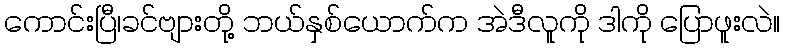
ကောင်းပြီ၊ခင်ဗျားတို့ ဘယ်နှစ်ယောက်က အဲဒီလူကို ဒါကို ပြောဖူးလဲ။